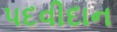
પદવીદાન